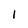
Character: l